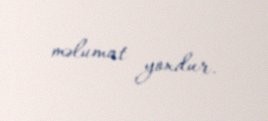
məlumat yoxdur.